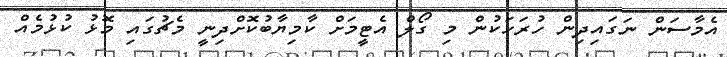
އެމާސަން ނަގައިދިން ހުރަހަކުން މި ގޯލް އެޓީމަށް ކާމިޔާބުކޮށްދިނީ މެޗުގައި މޮޅު ކުޅުމެއް